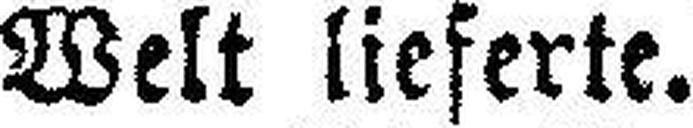
Welt lieferte.